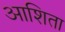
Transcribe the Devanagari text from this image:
आशिता